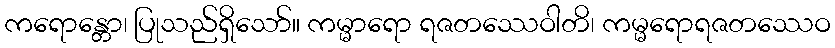
ကရောန္တော၊ ပြုသည်ရှိသော်။ ကမ္မာရော ရဇတဿေဝါတိ၊ ကမ္မရောရဇတဿေဝ